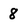
Character: 8